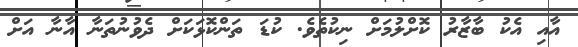
އާއި އެކު ބާޒާރު ކޮށްލުމަށް ނިކުތެވެ. ކުޑަ ތަންކޮޅަކަށް ދެވުނުތަނާ އާނާ އަށް